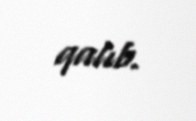
qalıb.